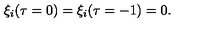
\xi _ { i } ( \tau = 0 ) = \xi _ { i } ( \tau = - 1 ) = 0 .